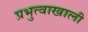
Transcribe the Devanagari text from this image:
प्रभुत्वाखाली